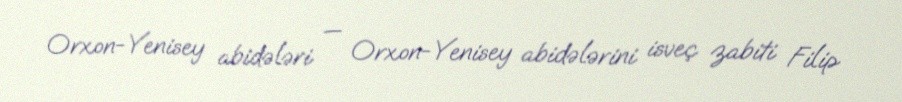
Orxon-Yenisey abidələri — Orxon-Yenisey abidələrini isveç zabiti Filip